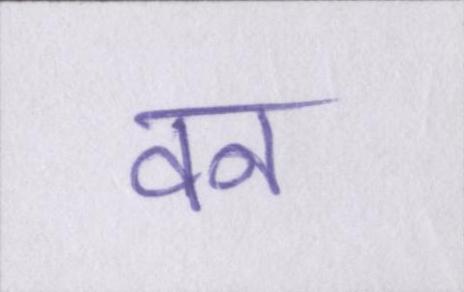
वन